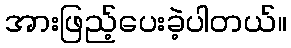
အားဖြည့်ပေးခဲ့ပါတယ်။